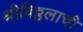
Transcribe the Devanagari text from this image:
श्रीविठ्ठलाची